Report on vaccination in the Province of Bengal - 1874-1889
Year: 1874
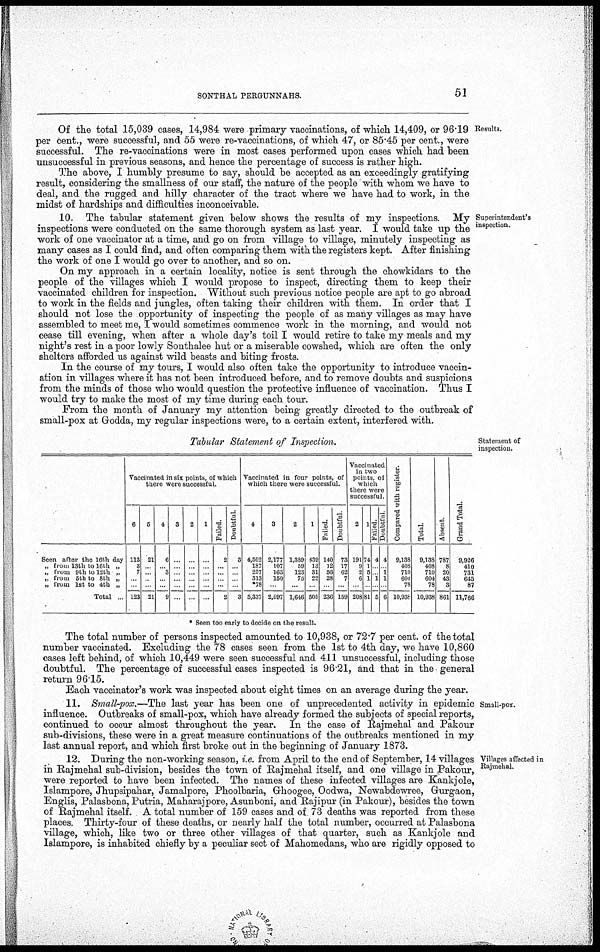
SONTHAL PERGUNNAHS.
51
Results.
Of the total 15,039 cases, 14,984 were primary vaccinations, of which 14,409, or 96.19
per cent., were successful, and 55 were re-vaccinations, of which 47, or 85.45 per cent., were
successful. The re-vaccinations were in most cases performed upon cases which had been
unsuccessful in previous seasons, and hence the percentage of success is rather high.
The above, I humbly presume to say, should be accepted as an exceedingly gratifying
result, considering the smallness of our staff, the nature of the people with whom we have to
deal, and the rugged and hilly character of the tract where we have had to work, in the
midst of hardships and difficulties inconceivable.
Superintendent's
inspection.
10. The tabular statement given below shows the results of my inspections. My
inspections were conducted on the same thorough system as last year. I would take up the
work of one vaccinator at a time, and go on from village to village, minutely inspecting as
many cases as I could find, and often comparing them with the registers kept. After finishing
the work of one I would go over to another, and so on.
On my approach in a certain locality, notice is sent through the chowkidars to the
people of the villages which I would propose to inspect, directing them to keep their
vaccinated children for inspection. Without such previous notice people are apt to go abroad
to work in the fields and jungles, often taking their children with them. In order that I
should not lose the opportunity of inspecting the people of as many villages as may have
assembled to meet me, I would sometimes commence work in the morning, and would not
cease till evening, when after a whole day's toil I would retire to take my meals and my
night's rest in a poor lowly Sonthalee hut or a miserable cowshed, which are often the only
shelters afforded us against wild beasts and biting frosts.
In the course of my tours, I would also often take the opportunity to introduce vaccin-
ation in villages where it has not been introduced before, and to remove doubts and suspicions
from the minds of those who would question the protective influence of vaccination. Thus I
would try to make the most of my time during each tour.
From the month of January my attention being greatly directed to the outbreak of
small-pox at Godda, my regular inspections were, to a certain extent, interfered with.
Statement of
inspection.
Tabular Statement of Inspection.
Seen after the 16th day
„ from 13th to 16th „
„ from 9th to 12th „
„ from 5th to 8th „
„ from 1st to 4th „
Total
Vaccinated in six points, of which
there were successful.
6
113
3
7
...
...
123
5
21
...
...
...
...
21
4
6
... 3
...
...
9
3
...
...
...
...
...
...
2
...
...
...
...
...
...
1
...
...
...
...
...
...
Failed.
2
...
...
...
...
2
Doubtful.
3
...
...
...
...
3
Vaccinated in four points, of
which there were successful.
4
4,502
187
257
313
*78
5,337
3
2,177
107
163
150
...
2,597
2
1,389
59
123
75
...
1,646
1
439
13
31
22
...
505
Failed.
140
12
56
28
...
236
Doubtful
73
17
62
7
...
159
Vaccinated
in two
points, of
which
there were
successful.
2
191
9
2
6
...
208
1
74
1
5
1
...
81
Failed.
4
...
... 1
...
5
Doubtful
4
... 1
1
...
6
Compared with register.
9,138
408
710
604
78
10,938
Total.
9,138
408
710
604
78
10,938
Absent.
787
8
20
43
3
861
Grand Total.
9,926
410
731
645
87
11,766
* Seen too early to decide on the result.
The total number of persons inspected amounted to 10,938, or 72.7 per cent. of the total
number vaccinated. Excluding the 78 cases seen from the 1st to 4th day, we have 10,860
cases left behind, of which 10,449 were seen successful and 411 unsuccessful, including those
doubtful. The percentage of successful cases inspected is 96.21, and that in the general
return 96.15.
Each vaccinator's work was inspected about eight times on an average during the year.
Small-pox.
11. Small-pox.—The last year has been one of unprecedented activity in epidemic
influence. Outbreaks of small-pox, which have already formed the subjects of special reports,
continued to occur almost throughout the year. In the case of Rajmehal and Pakour
sub-divisions, these were in a great measure continuations of the outbreaks mentioned in my
last annual report, and which first broke out in the beginning of January 1873.
Villages affected in
Rajmehal.
12. During the non-working season, i.e. from April to the end of September, 14 villages
in Rajmehal sub-division, besides the town of Rajmehal itself, and one village in Pakour,
were reported to have been infected. The names of these infected villages are Kankjole,
Islampore, Jhupsipahar, Jamalpore, Phoolbaria, Ghoogee, Oodwa, Newabdewree, Gurgaon,
Englis, Palasbona, Putria, Maharajpore, Asunboni, and Rajipur (in Pakour), besides the town
of Rajmehal itself. A total number of 159 cases and of 73 deaths was reported from these
places. Thirty-four of these deaths, or nearly half the total number, occurred at Palasbona
village, which, like two or three other villages of that quarter, such as Kankjole and
Islampore, is inhabited chiefly by a peculiar sect of Mahomedans, who are rigidly opposed to